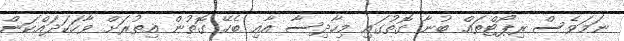
ނަމަވެސް ރިޕޯޓްތައް ބުނާ ގޮތުގައި މިހާދިސާ އާއި ބެހޭ ގޮތުން އިތުރަށް ވާހަކަދައްކަން